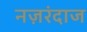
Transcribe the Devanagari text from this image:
नज़रंदाज